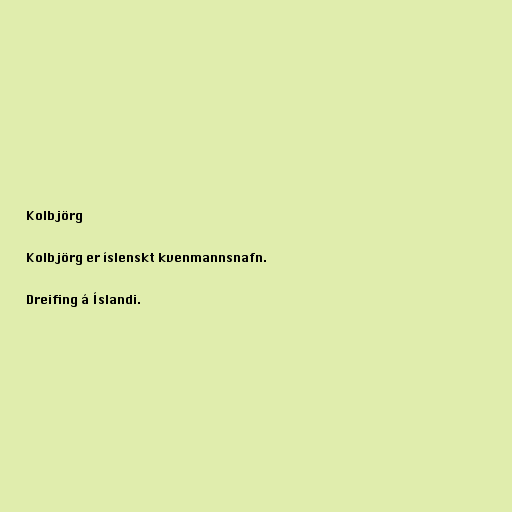
Kolbjörg

Kolbjörg er íslenskt kvenmannsnafn.

Dreifing á Íslandi.